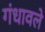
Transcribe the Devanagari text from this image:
गंधावले